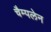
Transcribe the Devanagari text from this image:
चैम्पलेन